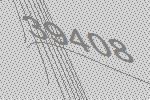
39408